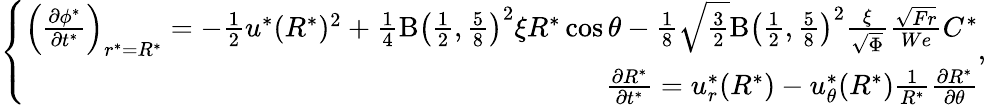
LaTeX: \left\{ \begin{array}{r}{\left(\frac{\partial\phi^{*}}{\partial t^{*}}\right)_{r^{*}=R^{*}}=-\frac{1}{2}u^{*}(R^{*})^{2}+\frac{1}{4}\mathrm{B}\left(\frac{1}{2},\frac{5}{8}\right)^{2}\xi R^{*}\cos\theta-\frac{1}{8}\sqrt{\frac{3}{2}}\mathrm{B}\left(\frac{1}{2},\frac{5}{8}\right)^{2}\frac{\xi}{\sqrt{\Phi}}\frac{\sqrt{Fr}}{We}C^{*}}\\ {\frac{\partial R^{*}}{\partial t^{*}}=u_{r}^{*}(R^{*})-u_{\theta}^{*}(R^{*})\frac{1}{R^{*}}\frac{\partial R^{*}}{\partial\theta}}\end{array}\right.,